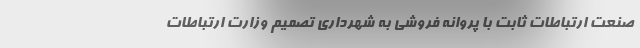
صنعت ارتباطات ثابت با پروانه فروشی به شهرداری تصمیم وزارت ارتباطات